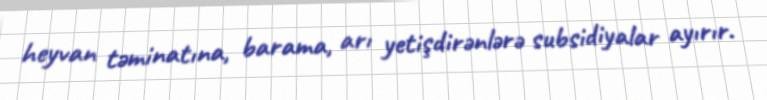
heyvan təminatına, barama, arı yetişdirənlərə subsidiyalar ayırır.